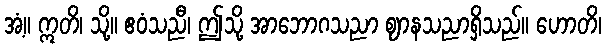
အံ့။ ဣတိ၊ သို့။ ဧဝံသညီ၊ ဤသို့ အာဘောဂသညာ ဈာနသညာရှိသည်။ ဟောတိ၊